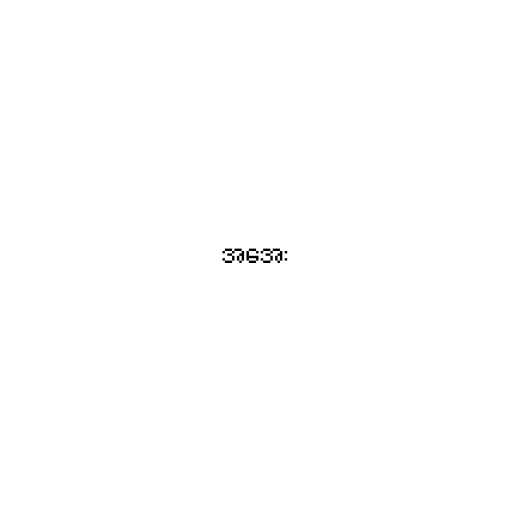
အအေး